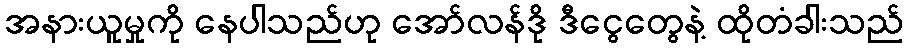
အနားယူမှုကို နေပါသည်ဟု အော်လန်ဒို ဒီငွေတွေနဲ့ ထိုတံခါးသည်